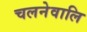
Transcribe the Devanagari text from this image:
चलनेवालि